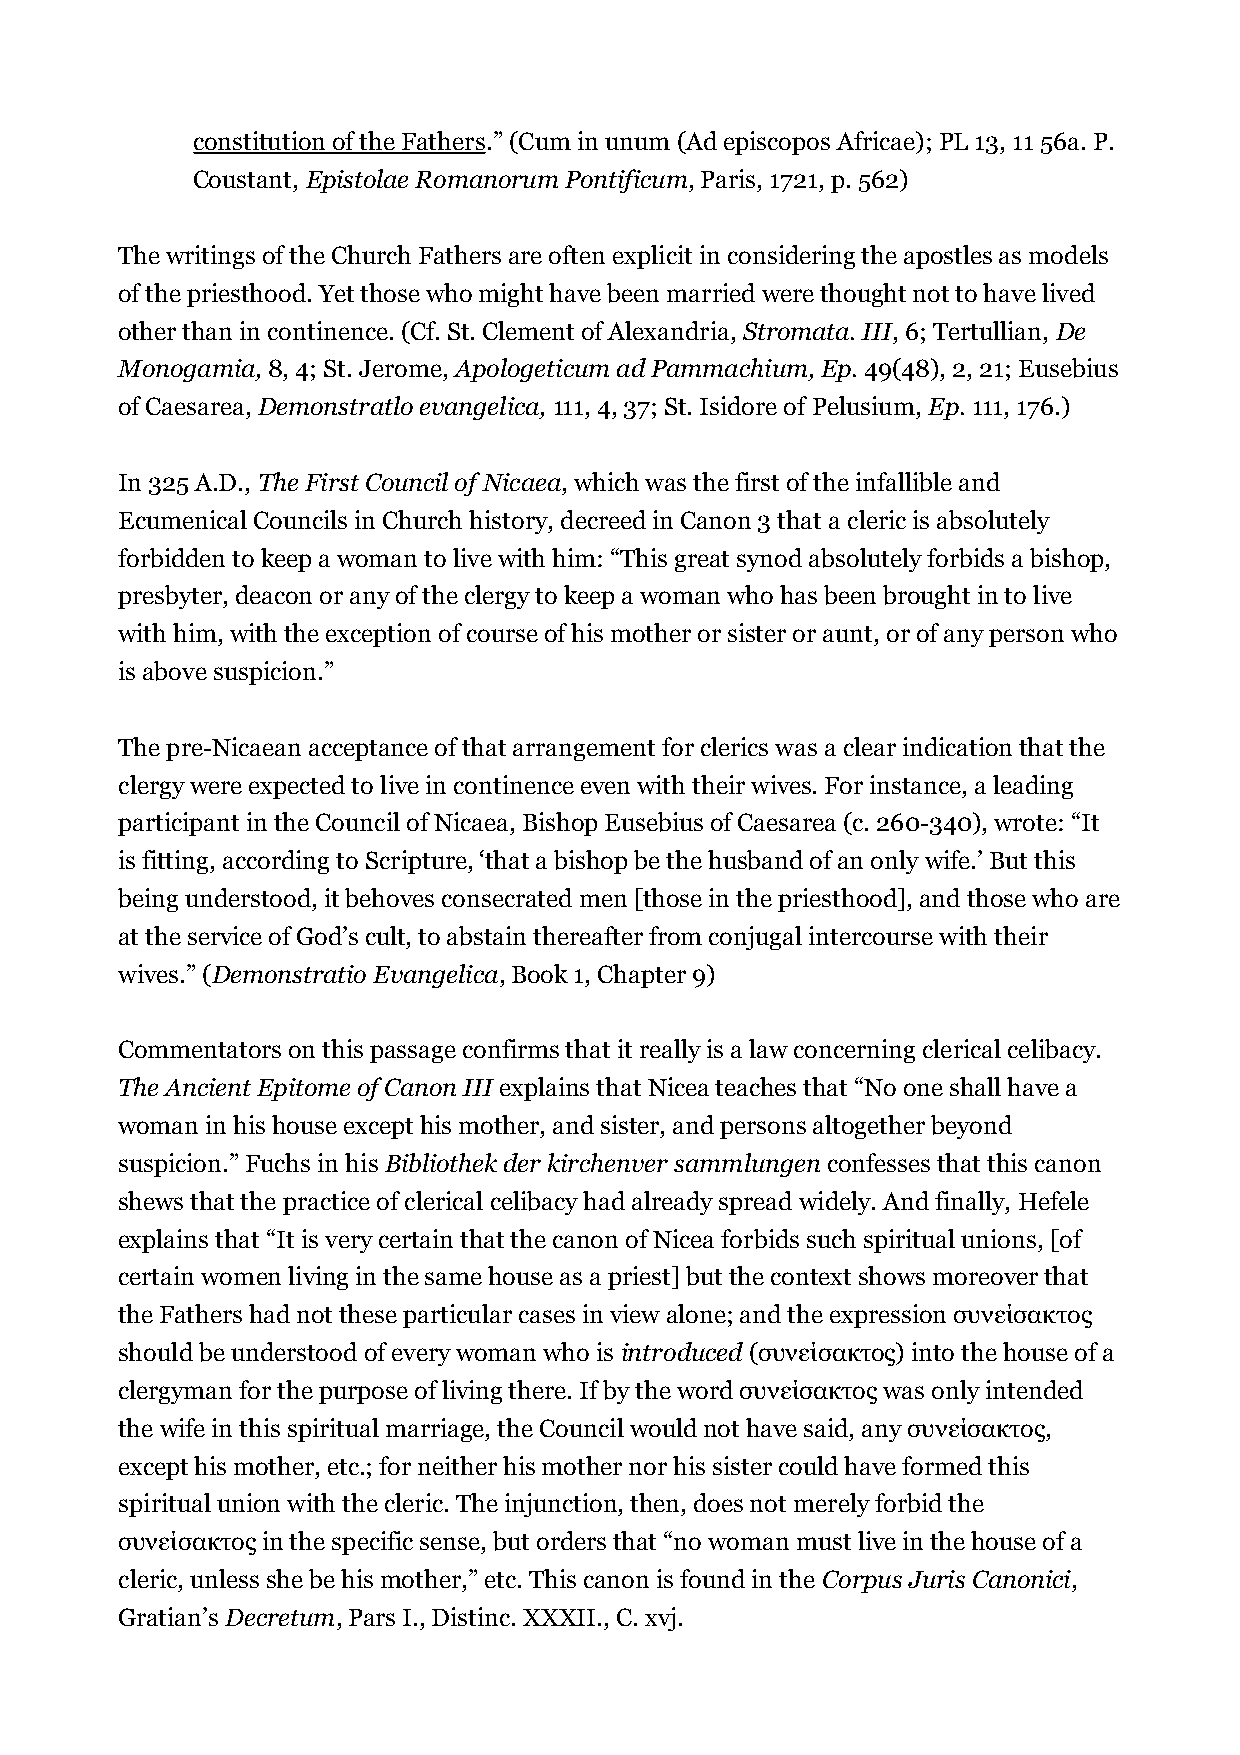
constitution of the Fathers.” (Cum in unum (Ad episcopos Africae); PL 13, 11 56a. P.
 Coustant, Epistolae Romanorum Pontificum, Paris, 1721, p. 562)
 The writings of the Church Fathers are often explicit in considering the apostles as models
 of the priesthood. Yet those who might have been married were thought not to have lived
 other than in continence. (Cf. St. Clement of Alexandria, Stromata. III, 6; Tertullian, De
 Monogamia, 8, 4; St. Jerome, Apologeticum ad Pammachium, Ep. 49(48), 2, 21; Eusebius
 of Caesarea, Demonstratlo evangelica, 111, 4, 37; St. Isidore of Pelusium, Ep. 111, 176.)
 In 325 A.D., The First Council of Nicaea, which was the first of the infallible and
 Ecumenical Councils in Church history, decreed in Canon 3 that a cleric is absolutely
 forbidden to keep a woman to live with him: “This great synod absolutely forbids a bishop,
 presbyter, deacon or any of the clergy to keep a woman who has been brought in to live
 with him, with the exception of course of his mother or sister or aunt, or of any person who
 is above suspicion.”
 The pre-Nicaean acceptance of that arrangement for clerics was a clear indication that the
 clergy were expected to live in continence even with their wives. For instance, a leading
 participant in the Council of Nicaea, Bishop Eusebius of Caesarea (c. 260-340), wrote: “It
 is fitting, according to Scripture, ‘that a bishop be the husband of an only wife.’ But this
 being understood, it behoves consecrated men [those in the priesthood], and those who are
 at the service of God’s cult, to abstain thereafter from conjugal intercourse with their
 wives.” (Demonstratio Evangelica, Book 1, Chapter 9)
 Commentators on this passage confirms that it really is a law concerning clerical celibacy.
 The Ancient Epitome of Canon III explains that Nicea teaches that “No one shall have a
 woman in his house except his mother, and sister, and persons altogether beyond
 suspicion.” Fuchs in his Bibliothek der kirchenver sammlungen confesses that this canon
 shews that the practice of clerical celibacy had already spread widely. And finally, Hefele
 explains that “It is very certain that the canon of Nicea forbids such spiritual unions, [of
 certain women living in the same house as a priest] but the context shows moreover that
 the Fathers had not these particular cases in view alone; and the expression συνείσακτος
 should be understood of every woman who is introduced (συνείσακτος) into the house of a
 clergyman for the purpose of living there. If by the word συνείσακτος was only intended
 the wife in this spiritual marriage, the Council would not have said, any συνείσακτος,
 except his mother, etc.; for neither his mother nor his sister could have formed this
 spiritual union with the cleric. The injunction, then, does not merely forbid the
 συνείσακτος in the specific sense, but orders that “no woman must live in the house of a
 cleric, unless she be his mother,” etc. This canon is found in the Corpus Juris Canonici,
 Gratian’s Decretum, Pars I., Distinc. XXXII., C. xvj.